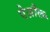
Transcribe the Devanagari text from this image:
ऐज़ौल